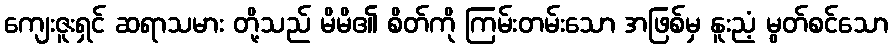
ကျေးဇူးရှင် ဆရာသမား တို့သည် မိမိ၏ စိတ်ကို ကြမ်းတမ်းသော အဖြစ်မှ နူးညံ့ မွတ်စင်သော